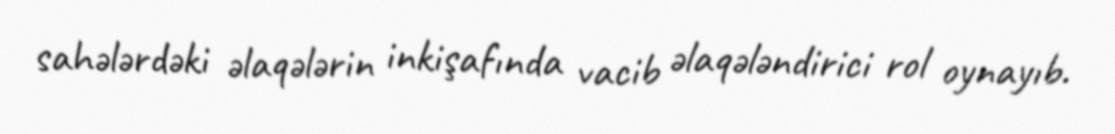
sahələrdəki əlaqələrin inkişafında vacib əlaqələndirici rol oynayıb.